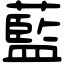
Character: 藍